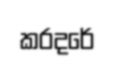
කරදරේ